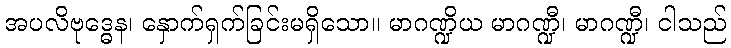
အပလိဗုဒ္ဓေန၊ နှောက်ရှက်ခြင်းမရှိသော။ မာဂဏ္ဍိယ မာဂဏ္ဍီ၊ မာဂဏ္ဍီ၊ ငါသည်